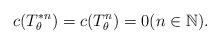
LaTeX: \begin{align*}c(T_{\theta}^{*n}) = c(T_{\theta}^n) = 0 (n \in \mathbb{N}).\end{align*}